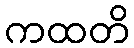
ကထတိ